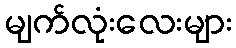
မျက်လုံးလေးများ